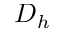
D _ { h }